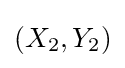
(X_{2},Y_{2})